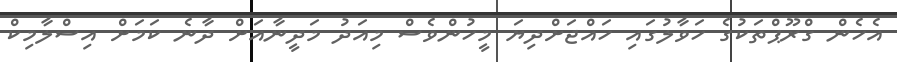
އެހެން ގްރޫޕްތަކުގެ ހަވާލުގައި ހައްޖަށްދިޔަ މީހުންވެސް މިއަދު މަދީނާއަށް ދާނެ ކަމަށް އިސްލާމިކް